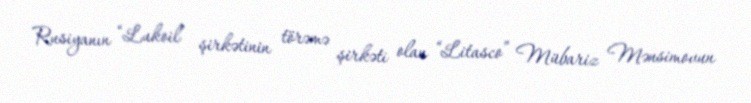
Rusiyanın “Lukoil” şirkətinin törəmə şirkəti olan “Litasco” Mübariz Mənsimovun